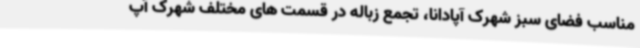
مناسب فضای سبز شهرک آپادانا، تجمع زباله در قسمت های مختلف شهرک آپ